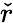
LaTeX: \check{r}